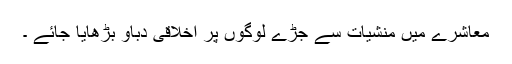
معاشرے میں منشیات سے جُڑے لوگوں پر اخلاقی دباؤ بڑھایا جائے ۔